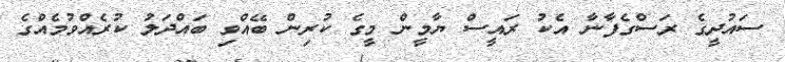
ސައުދީގެ ރަސްގެފާނާ އެކު ރައީސް ޔާމީން މީގެ ކުރިން ބޭއްވި ބައްދަލު ކުރެއްވުމެއްގެ